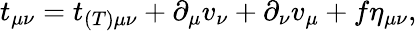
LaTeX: t_{\mu\nu}=t_{(T)\mu\nu}+\partial_{\mu}v_{\nu}+\partial_{\nu}v_{\mu}+f\eta_{\mu\nu},